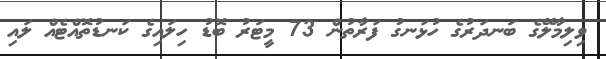
ވިލިމާލޭގެ ބަނދަރުގެ ހުޅަނގު ފަރާތުން 73 މީޓަރު ބޮޑު ހިލައިގެ ކަނޑުތޮއްޓެއް ލައި